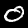
Digit: 0